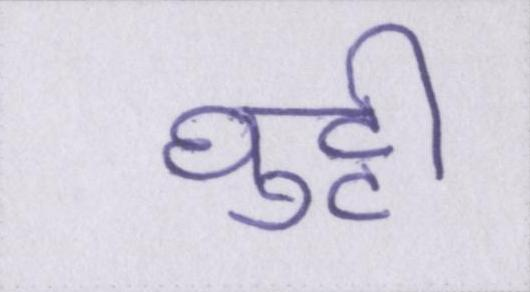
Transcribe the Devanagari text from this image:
घुट्टी